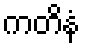
ကတိနံ